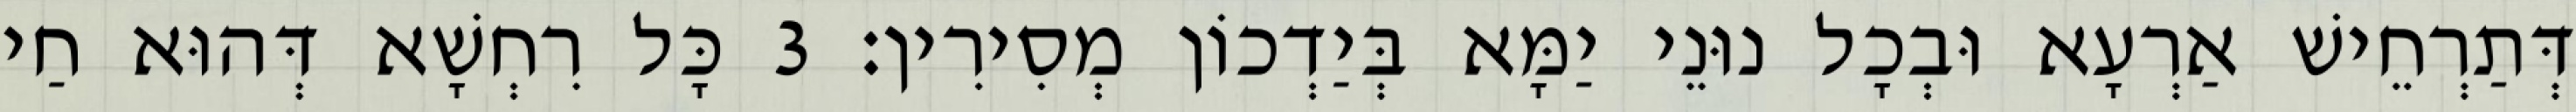
דְּתַרְחֵישׁ אַרְעָא וּבְכָל נוּנֵי יַמָּא בְּיַדְכוֹן מְסִירִין׃ 3 כָּל רִחְשָׁא דְּהוּא חַי